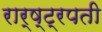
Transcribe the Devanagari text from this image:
रार्ष्ट्रपती